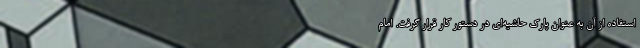
استفاده از آن به عنوان پارک حاشیه‌ای در دستور کار قرار گرفت. امام